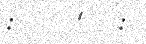
:     '   :